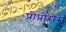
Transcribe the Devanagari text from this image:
प्रीप्रोसेस